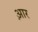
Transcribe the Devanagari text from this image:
आ़र